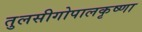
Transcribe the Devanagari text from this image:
तुलसीगोपालकृष्‍णा